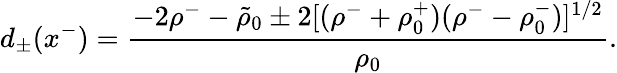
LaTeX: d_{\pm}(x^{-})={\frac{-2\rho^{-}-\tilde{\rho}_{0}\pm 2[(\rho^{-}+\rho_{0}^{+})(\rho^{-}-\rho_{0}^{-})]^{1/2}}{\rho_{0}}}.